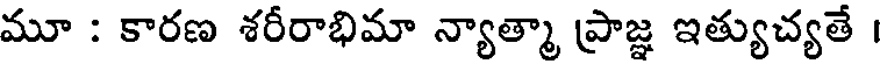
మూ : కారణ శరీరాభిమా న్యాత్మా ప్రాజ్ఞ ఇత్యుచ్యతే ।